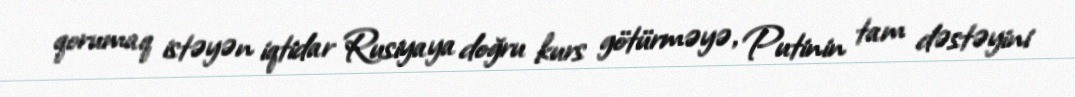
qorumaq istəyən iqtidar Rusiyaya doğru kurs götürməyə, Putinin tam dəstəyini